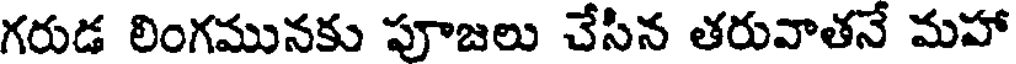
గరుడ లింగమునకు పూజలు చేసిన తరువాతనే మహా